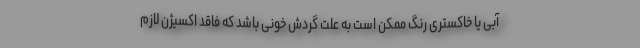
آبی یا خاکستری رنگ ممکن است به علت گردش خونی باشد که فاقد اکسیژن لازم